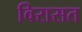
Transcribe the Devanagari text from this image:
विरासत